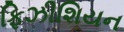
ફિઝીશિયન